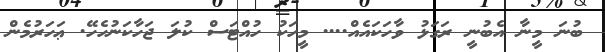
ބުނަ މީނާ އެބުނީ ރަގަޅު ވާހަކައެއް.... މީހަކު ހުއްޓަސް ކުލަ ޖަހާކަނުހެހޭ. ޢަހަރުމެން